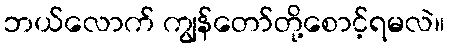
ဘယ်လောက် ကျွန်တော်တို့စောင့်ရမလဲ။